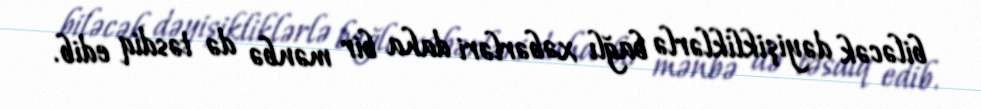
biləcək dəyişikliklərlə bağlı xəbərləri daha bir mənbə də təsdiq edib.